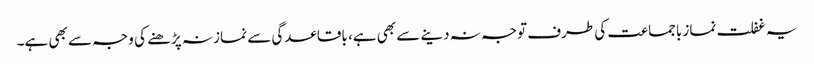
یہ غفلت نماز باجماعت کی طرف توجہ نہ دینے سے بھی ہے، باقاعدگی سے نماز نہ پڑھنے کی وجہ سے بھی ہے۔